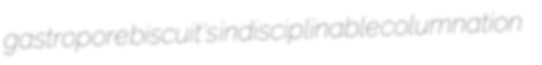
gastropore biscuit's indisciplinable columnation